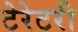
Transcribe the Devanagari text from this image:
टेरेटरी